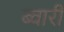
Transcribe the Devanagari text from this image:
ब्वारी